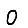
Digit: 0